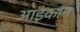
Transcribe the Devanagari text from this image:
आइकान